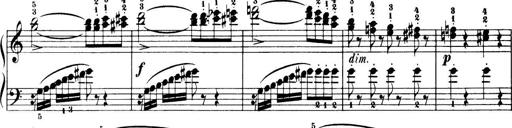
Title: 32 Sonatinas and Rondos for the Piano
Composer: Richard Kleinmichel